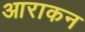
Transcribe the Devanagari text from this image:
आराकन